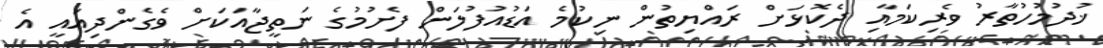
ޚުދުމުހުތާރު ވެރިކަމާއި ދެކޮޅަށް ރައްޔިތުން ނިކުމެ އަޑުއުފުލަން ފެށުމުގެ ނަތީޖާއަކަށް ވެގެންދިއައީ އެ